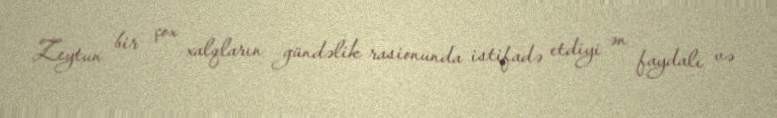
Zeytun bir çox xalqların gündəlik rasionunda istifadə etdiyi ən faydalı və